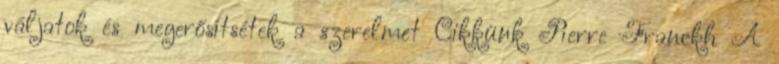
váljatok és megerősítsétek a szerelmet Cikkünk Pierre Franckh A